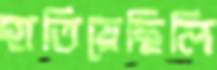
হাতিয়েছিলি